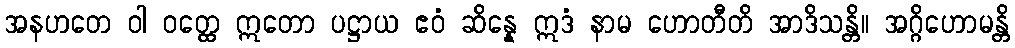
အနဟတေ ဝါ ဝတ္ထေ ဣတော ပဋ္ဌာယ ဧဝံ ဆိန္နေ ဣဒံ နာမ ဟောတီတိ အာဒိသန္တိ။ အဂ္ဂိဟောမန္တိ